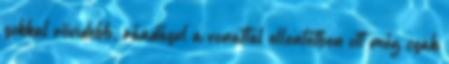
sokkal rövidebb, ráadásul a vonattal ellentétben ott még csak